Punjab Mental Hospital Lahore 1932-46 - 1932-1946
Year: 1932
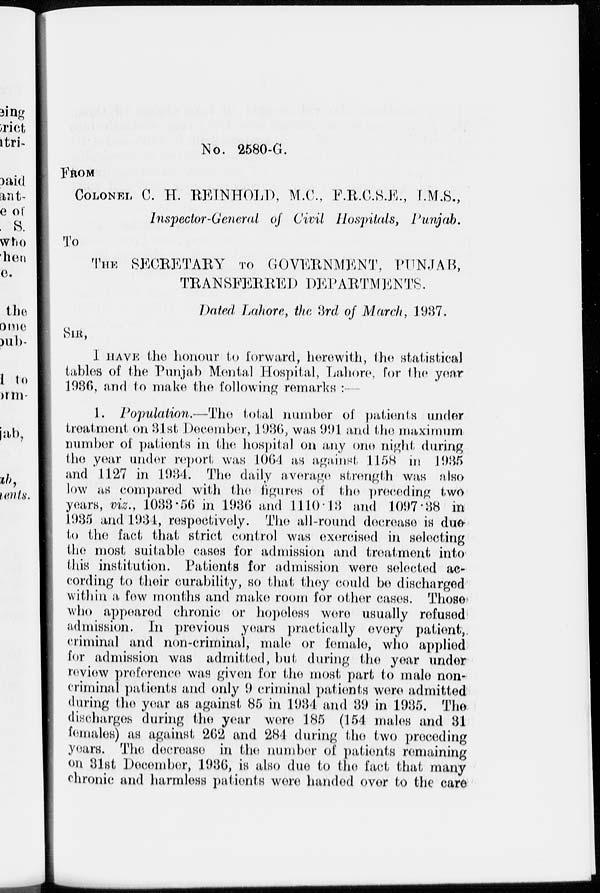
No. 2580-G.
FROM
COLONEL C. H. REINHOLD, M.C., F.R.C.S.E., I.M.S.,
Inspector-General of Civil Hospitals, Punjab.
To
THE SECRETARY TO GOVERNMENT PUNJAB,
TRANSFERRED DEPARTMENTS.
Dated Lahore, the 3rd of March, 1937.
SIR,
I HAVE the honour to forward, herewith, the statistical
tables of the Punjab Mental Hospital, Lahore, for the year
1936, and to make the following remarks :
1. Population.—The total number of patients under
treatment on 31st December, 1936, was 991 and the maximum
number of patients in the hospital on any one night during
the year under report was 1064 as against 1158 in 1935
and 1127 in 1934. The daily average strength was also
low as compared with the figures of the preceding two
years, viz., 1033.56 in 1936 and 1110.13 and 1097.38 in
1935 and 1934, respectively. The all-round decrease is due
to the fact that strict control was exercised in selecting
the most suitable cases for admission and treatment into
this institution. Patients for admission were selected ac-
cording to their curability, so that they could be discharged
within a few months and make room for other cases. Those
who appeared chronic or hopeless were usually refused
admission. In previous years practically every patient,
criminal and non-criminal, male or female, who applied
for admission was admitted, but during the year under
review preference was given for the most part to male non-
criminal patients and only 9 criminal patients were admitted
during the year as against 85 in 1934 and 39 in 1935. The
discharges during the year were 185 (154 males and 31
females) as against 262 and 284 during the two preceding
years. The decrease in the number of patients remaining
on 31st December, 1936, is also due to the fact that many
chronic and harmless patients were handed over to the care